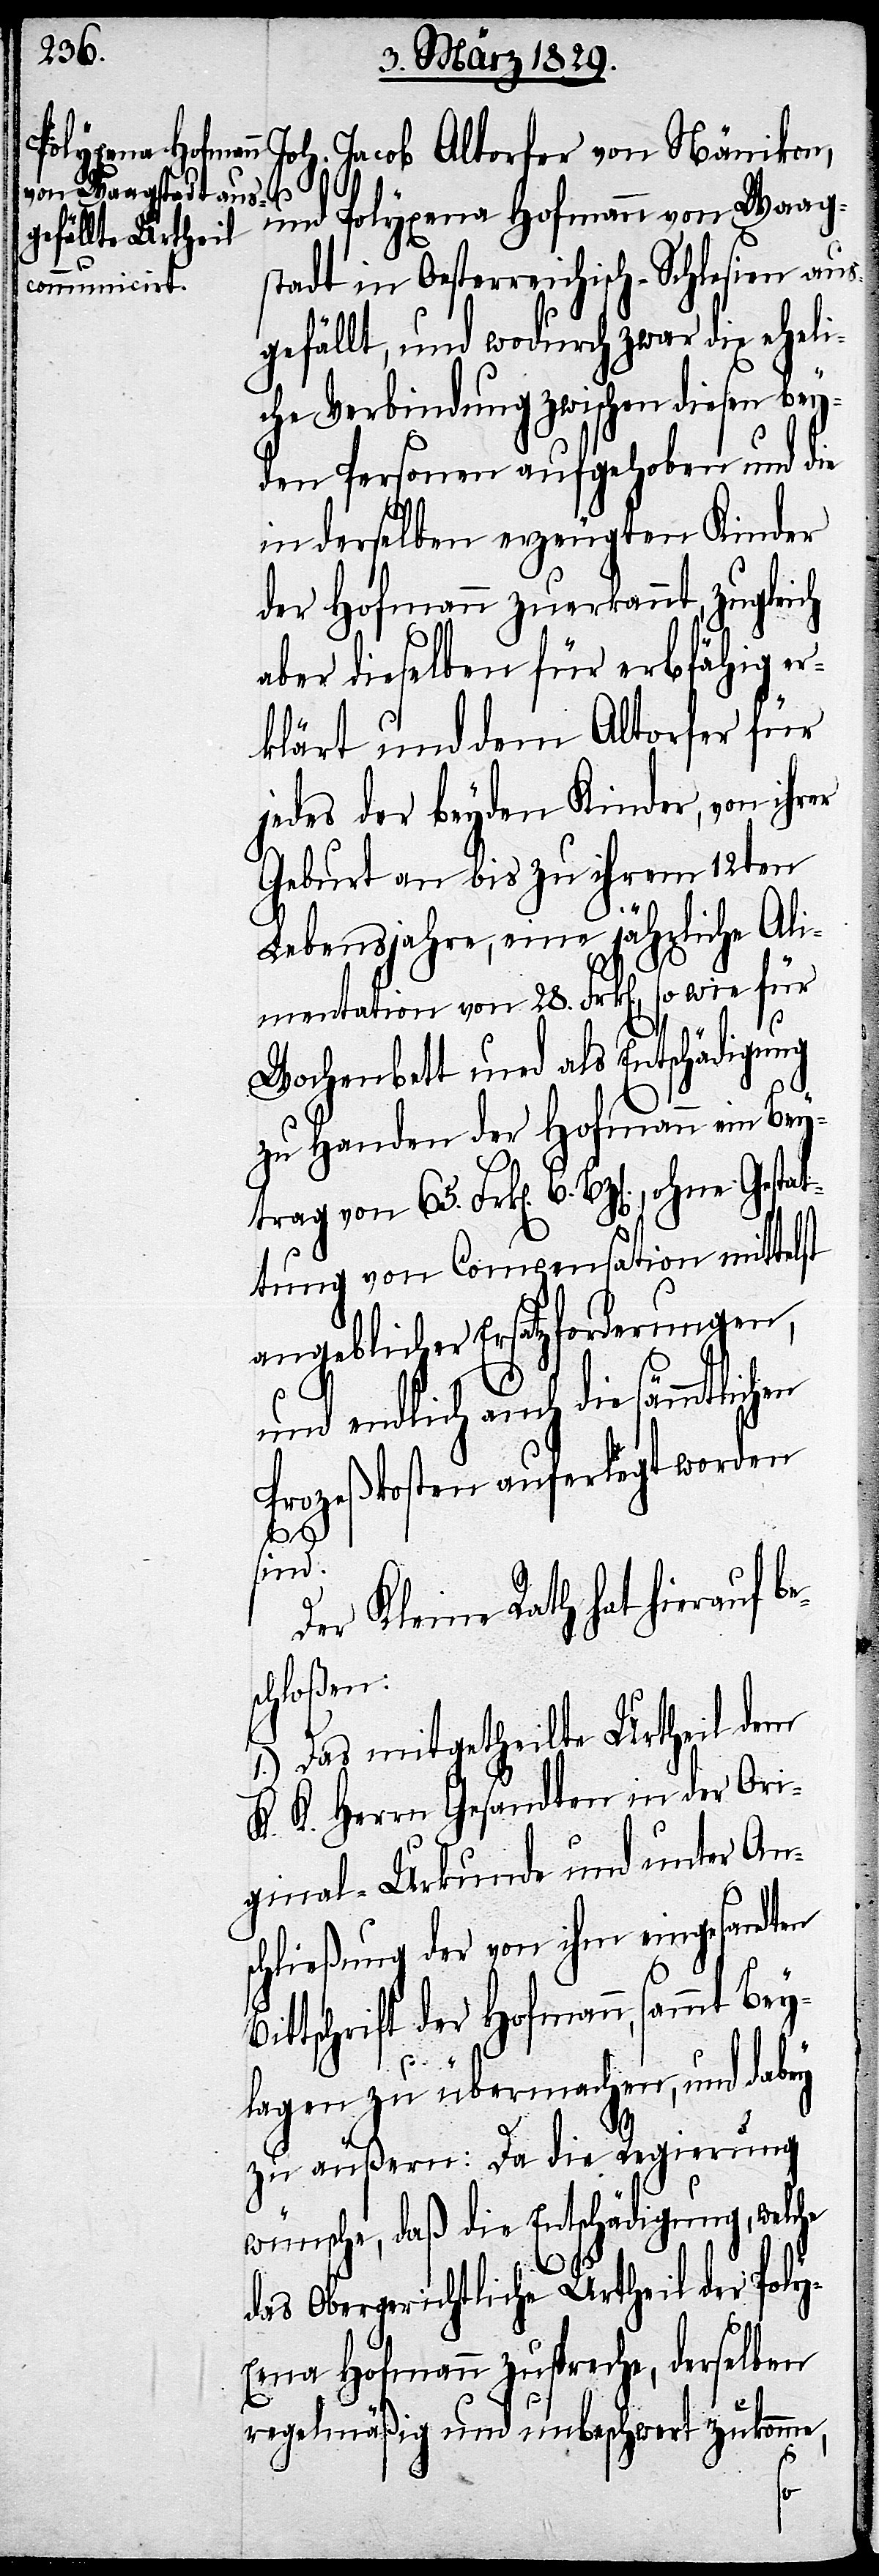
ohne Gestat¬
Joh. Jacob Altorfer von Nänikon,
und Polyxena Hofmann von Waag¬
stadt in Oesterreichisch-Schlesien aus¬
gefällt, und wodurch zwar die eheli¬
che Verbindung zwischen diesen bey¬
den Personen aufgehoben und die
in derselben erzeugten Kinder
der Hofmann zuerkannt, zugleich
aber dieselben für erbfähig er¬
klärt und dem Altorfer für
jedes der beyden Kinder, von ihrer
Geburt an bis zu ihrem 12ten
Lebensjahre, eine jährliche Ali¬
mentation von 28. Frk[en]., so wie
Wochenbett und als Entschädigung
zu Handen der Hofmann ein Bey¬
tung von Compensation mittelst
angeblicher Ersatzforderungen,
und endlich auch die
Prozeßkosten auferlegt worden
von 65.
sind.
Der Kleine Rath hat hierauf be¬
schloßen:
1.) Das mitgetheilte Urtheil dem
K. K. Herrn Gesandten in der Ori¬
ginal-Urkunde und unter An¬
schließung der von ihm eingesandten
ttschrift der Hofmann, sammt Bey¬
lagen zu übermachen, und dabey
zu äußern: Da die Regierung
wünsche, daß die Entschädigung, welche
das obergerichtliche Urtheil der Poly¬
xena Hofmann zuspreche, derselben
regelmäßig und unbeschwert zukomme,
Bi¬